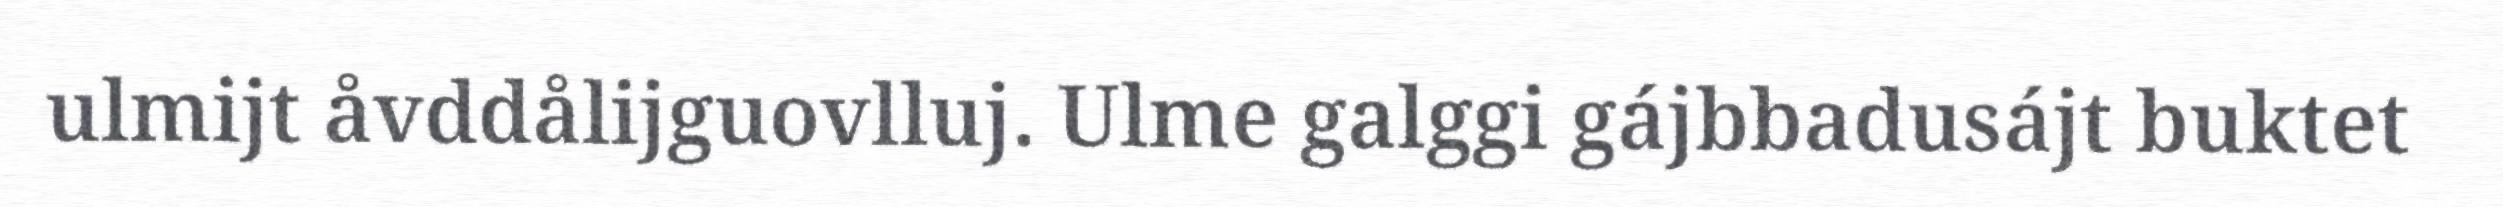
ulmijt åvddålijguovlluj. Ulme galggi gájbbadusájt buktet